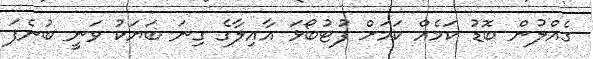
ގެއްލުން ބޮޑު ކަމެއް ކަމަށް ފުޓުބޯޅަ އާއިލާގެ ގިނަ ބަޔަކު ވަނީ ބުނެފަ